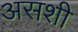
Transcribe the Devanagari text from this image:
असशी